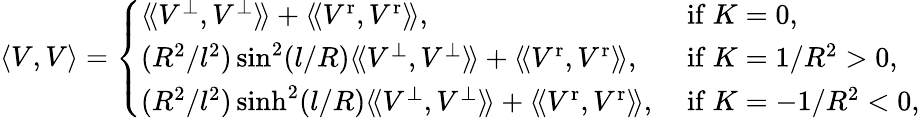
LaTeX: \langle V,V\rangle=\left\{ \begin{array}{ll}{\langle\! \langle V^{\perp},V^{\perp}\rangle\! \rangle+\langle\! \langle V^{\mathrm{r}},V^{\mathrm{r}}\rangle\! \rangle,}&{\mathrm{~if~}K=0,}\\ {(R^{2}/l^{2})\sin^{2}(l/R)\langle\! \langle V^{\perp},V^{\perp}\rangle\! \rangle+\langle\! \langle V^{\mathrm{r}},V^{\mathrm{r}}\rangle\! \rangle,}&{\mathrm{~if~}K=1/R^{2}>0,}\\ {(R^{2}/l^{2})\sinh^{2}(l/R)\langle\! \langle V^{\perp},V^{\perp}\rangle\! \rangle+\langle\! \langle V^{\mathrm{r}},V^{\mathrm{r}}\rangle\! \rangle,}&{\mathrm{~if~}K=-1/R^{2}<0,}\end{array}\right.